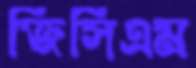
জিসিএম